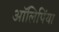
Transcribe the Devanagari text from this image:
आॅलिपिंया